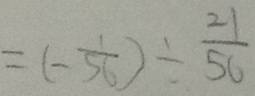
= ( - \frac { 1 } { 5 6 } ) \div \frac { 2 1 } { 5 6 }